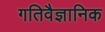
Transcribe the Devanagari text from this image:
गतिवैज्ञानिक